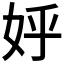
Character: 𡛚